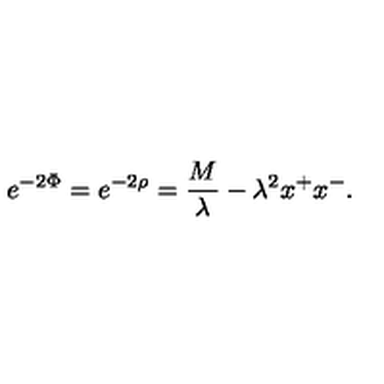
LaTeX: e ^ { - 2 \Phi } = e ^ { - 2 \rho } = { \frac { M } { \lambda } } - \lambda ^ { 2 } x ^ { + } x ^ { - } .